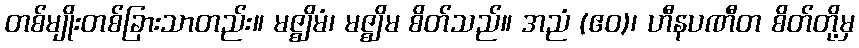
တစ်မျိုးတစ်ခြားသာတည်း။ မဇ္ဈိမံ၊ မဇ္ဈိမ စိတ်သည်။ အညံ (ဧဝ)၊ ဟီနပဏီတ စိတ်တို့မှ